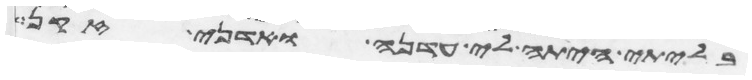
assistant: בלתי היתה לי עדנה ואדני זקן